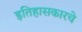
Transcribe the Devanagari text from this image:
इतिहासकारचे